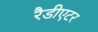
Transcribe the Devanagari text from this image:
रैडीएटर